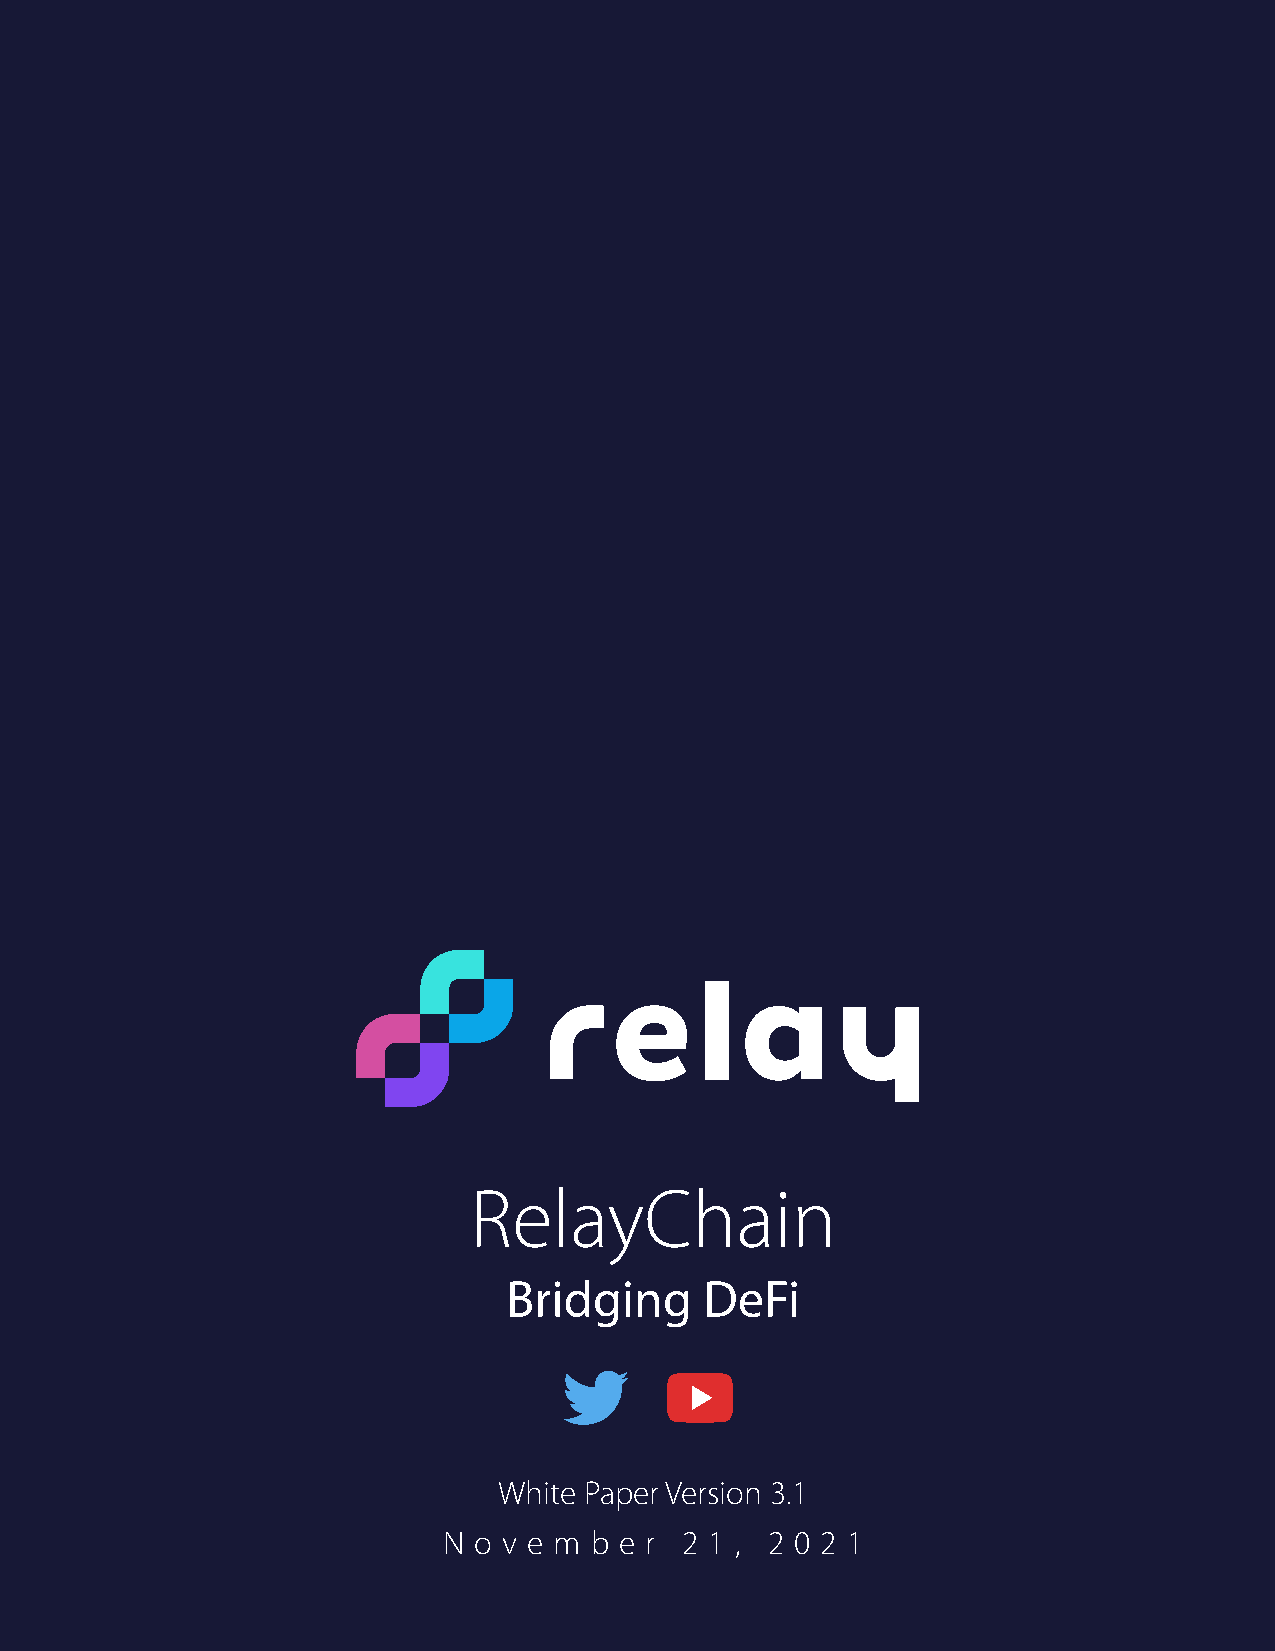
RelayChain
 Bridging     DeFi
 White Paper Version 3.1
 N o v e m b e r 2 1 , 2 0 2 1
 24